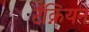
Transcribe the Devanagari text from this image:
टॅक्नियन